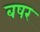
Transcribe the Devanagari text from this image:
बषर